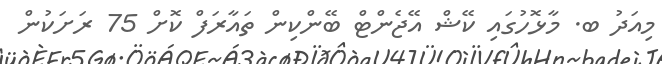
މިއަދު ބ. މާޅޮހުގައި ކޭޝް އޭޖެންޓް ބޭންކިން ތައާރަފް ކޮށް 75 ރަށަކުން